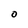
Character: O